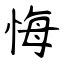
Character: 悔